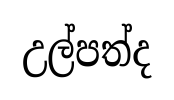
උල්පත්ද